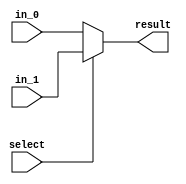
module mux2
#(parameter N = 4)
(in_0, in_1, select, result);
  input [N-1:0] in_0, in_1;
  input select;
  output [N-1:0] result;

  assign result = (select)? in_1: in_0;

endmodule